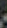
-